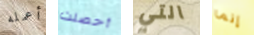
أعمله أحصلت التي إنما